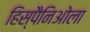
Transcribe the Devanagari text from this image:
हिस्पैनिओला